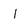
Character: I